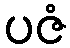
ပဇံ